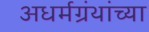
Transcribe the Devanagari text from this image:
अधर्मग्रंथांच्या